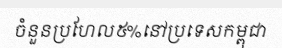
ចំនួនប្រហែល៥%នៅប្រទេសកម្ពុជា